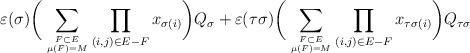
LaTeX: \begin{align*}\varepsilon(\sigma)\bigg(\sum_{F\subset E\atop\mu(F)=M} \prod_{(i,j)\in E-F} x_{\sigma(i)}\bigg)Q_\sigma+\varepsilon(\tau\sigma)\bigg(\sum_{F\subset E\atop\mu(F)=M} \prod_{(i,j)\in E-F} x_{\tau\sigma(i)}\bigg)Q_{\tau\sigma}\end{align*}